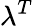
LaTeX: \lambda^{T}